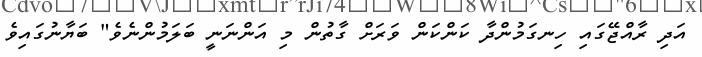
އަދި ރާއްޖޭގައި ހިނގަމުންދާ ކަންކަން ވަރަށް ގާތުން މި އަންނަނީ ބަލަމުންނެވެ" ބަޔާނުގައިވެ